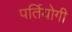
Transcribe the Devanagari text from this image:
पर्तियोगी